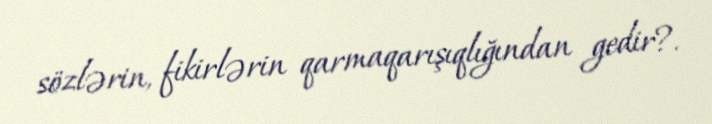
sözlərin, fikirlərin qarmaqarışıqlığından gedir?.